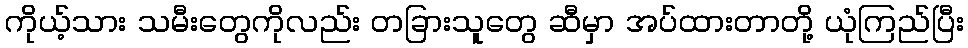
ကိုယ့်သား သမီးတွေကိုလည်း တခြားသူတွေ ဆီမှာ အပ်ထားတာတို့ ယုံကြည်ပြီး